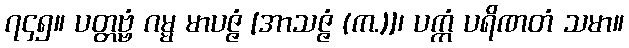
၇၄၅။ ပတ္တဗ္ဗံ ဂမ္မ မာပဇ္ဇံ [အာသဇ္ဇံ (က.)]၊ ပက္ကံ ပရိဏတံ သမာ။